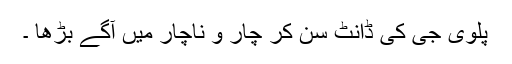
پلوی جی کی ڈانٹ سن کر چار و ناچار میں آگے بڑھا ۔